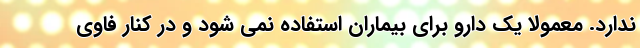
ندارد. معمولا یک دارو برای بیماران استفاده نمی شود و در کنار فاوی